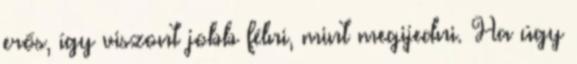
erős, így viszont jobb félni, mint megijedni. Ha úgy